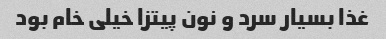
غذا بسیار سرد و نون پیتزا خیلی خام بود